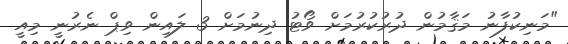
"މަނިކުފާނު މަޤާމުން ދުރުކުރުމަށް ވޯޓު ދިނުމަށް 3 ލައިން ވިޕް ނެރުނީ މިއީ